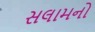
સલામનો